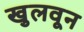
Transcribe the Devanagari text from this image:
खुलवून